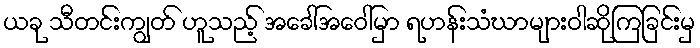
ယခု သီတင်းကျွတ် ဟူသည့် အခေါ်အဝေါ်မှာ ရဟန်းသံဃာများဝါဆိုကြခြင်းမှ